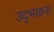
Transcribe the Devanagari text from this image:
उद्‌भावना